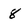
Character: 8